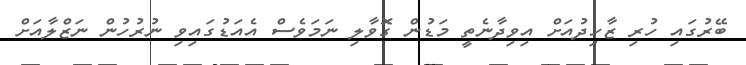
ބޭރުގައި ހުރި ޒާހިދުއަށް އިވިދާނެތީ މަޑުން ގޮވާލި ނަމަވެސް އެއަޑުގައިވި ނުރުހުން ނަޒްލާއަށް